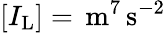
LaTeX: [I_{\mathrm{L}}]=\, \mathrm{m}^{7}\, \mathrm{s}^{-2}